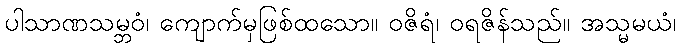
ပါသာဏသမ္ဘဝံ၊ ကျောက်မှဖြစ်ထသော။ ဝဇိရံ၊ ဝရဇိန်သည်။ အသ္မမယံ၊